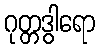
ဂုတ္တဒွါရော